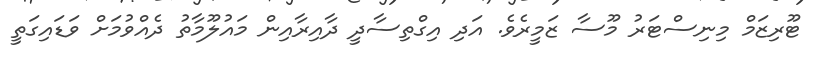
ޓޫރިޒަމް މިނިސްޓަރު މޫސާ ޒަމީރެވެ. އަދި އިގްތިސާދީ ދާއިރާއިން މައުލޫމާތު ދެއްވުމަށް ވަޑައިގަތީ